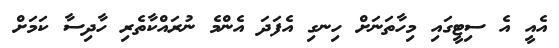
އެއީ އެ ސިޓީގައި މިހާތަނަށް ހިނގި އެފަދަ އެންމެ ނުރައްކާތެރި ހާދިސާ ކަމަށް